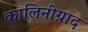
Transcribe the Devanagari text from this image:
कालिनीग्राद